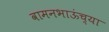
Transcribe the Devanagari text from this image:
वामनभाऊंच्या